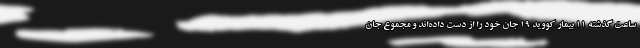
ساعت گذشته ۱۱ بیمار کووید ۱۹ جان خود را از دست داده‌اند و مجموع جان